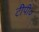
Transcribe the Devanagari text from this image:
टीपी०